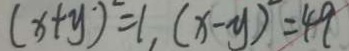
( x + y ) = 1 , ( x - y ) = 4 9